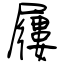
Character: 屨